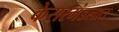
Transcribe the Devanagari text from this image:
केसरमंडलात